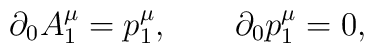
\partial_0A^\mu_1=p_1^\mu, \qquad \partial_0 p^\mu_1=0,